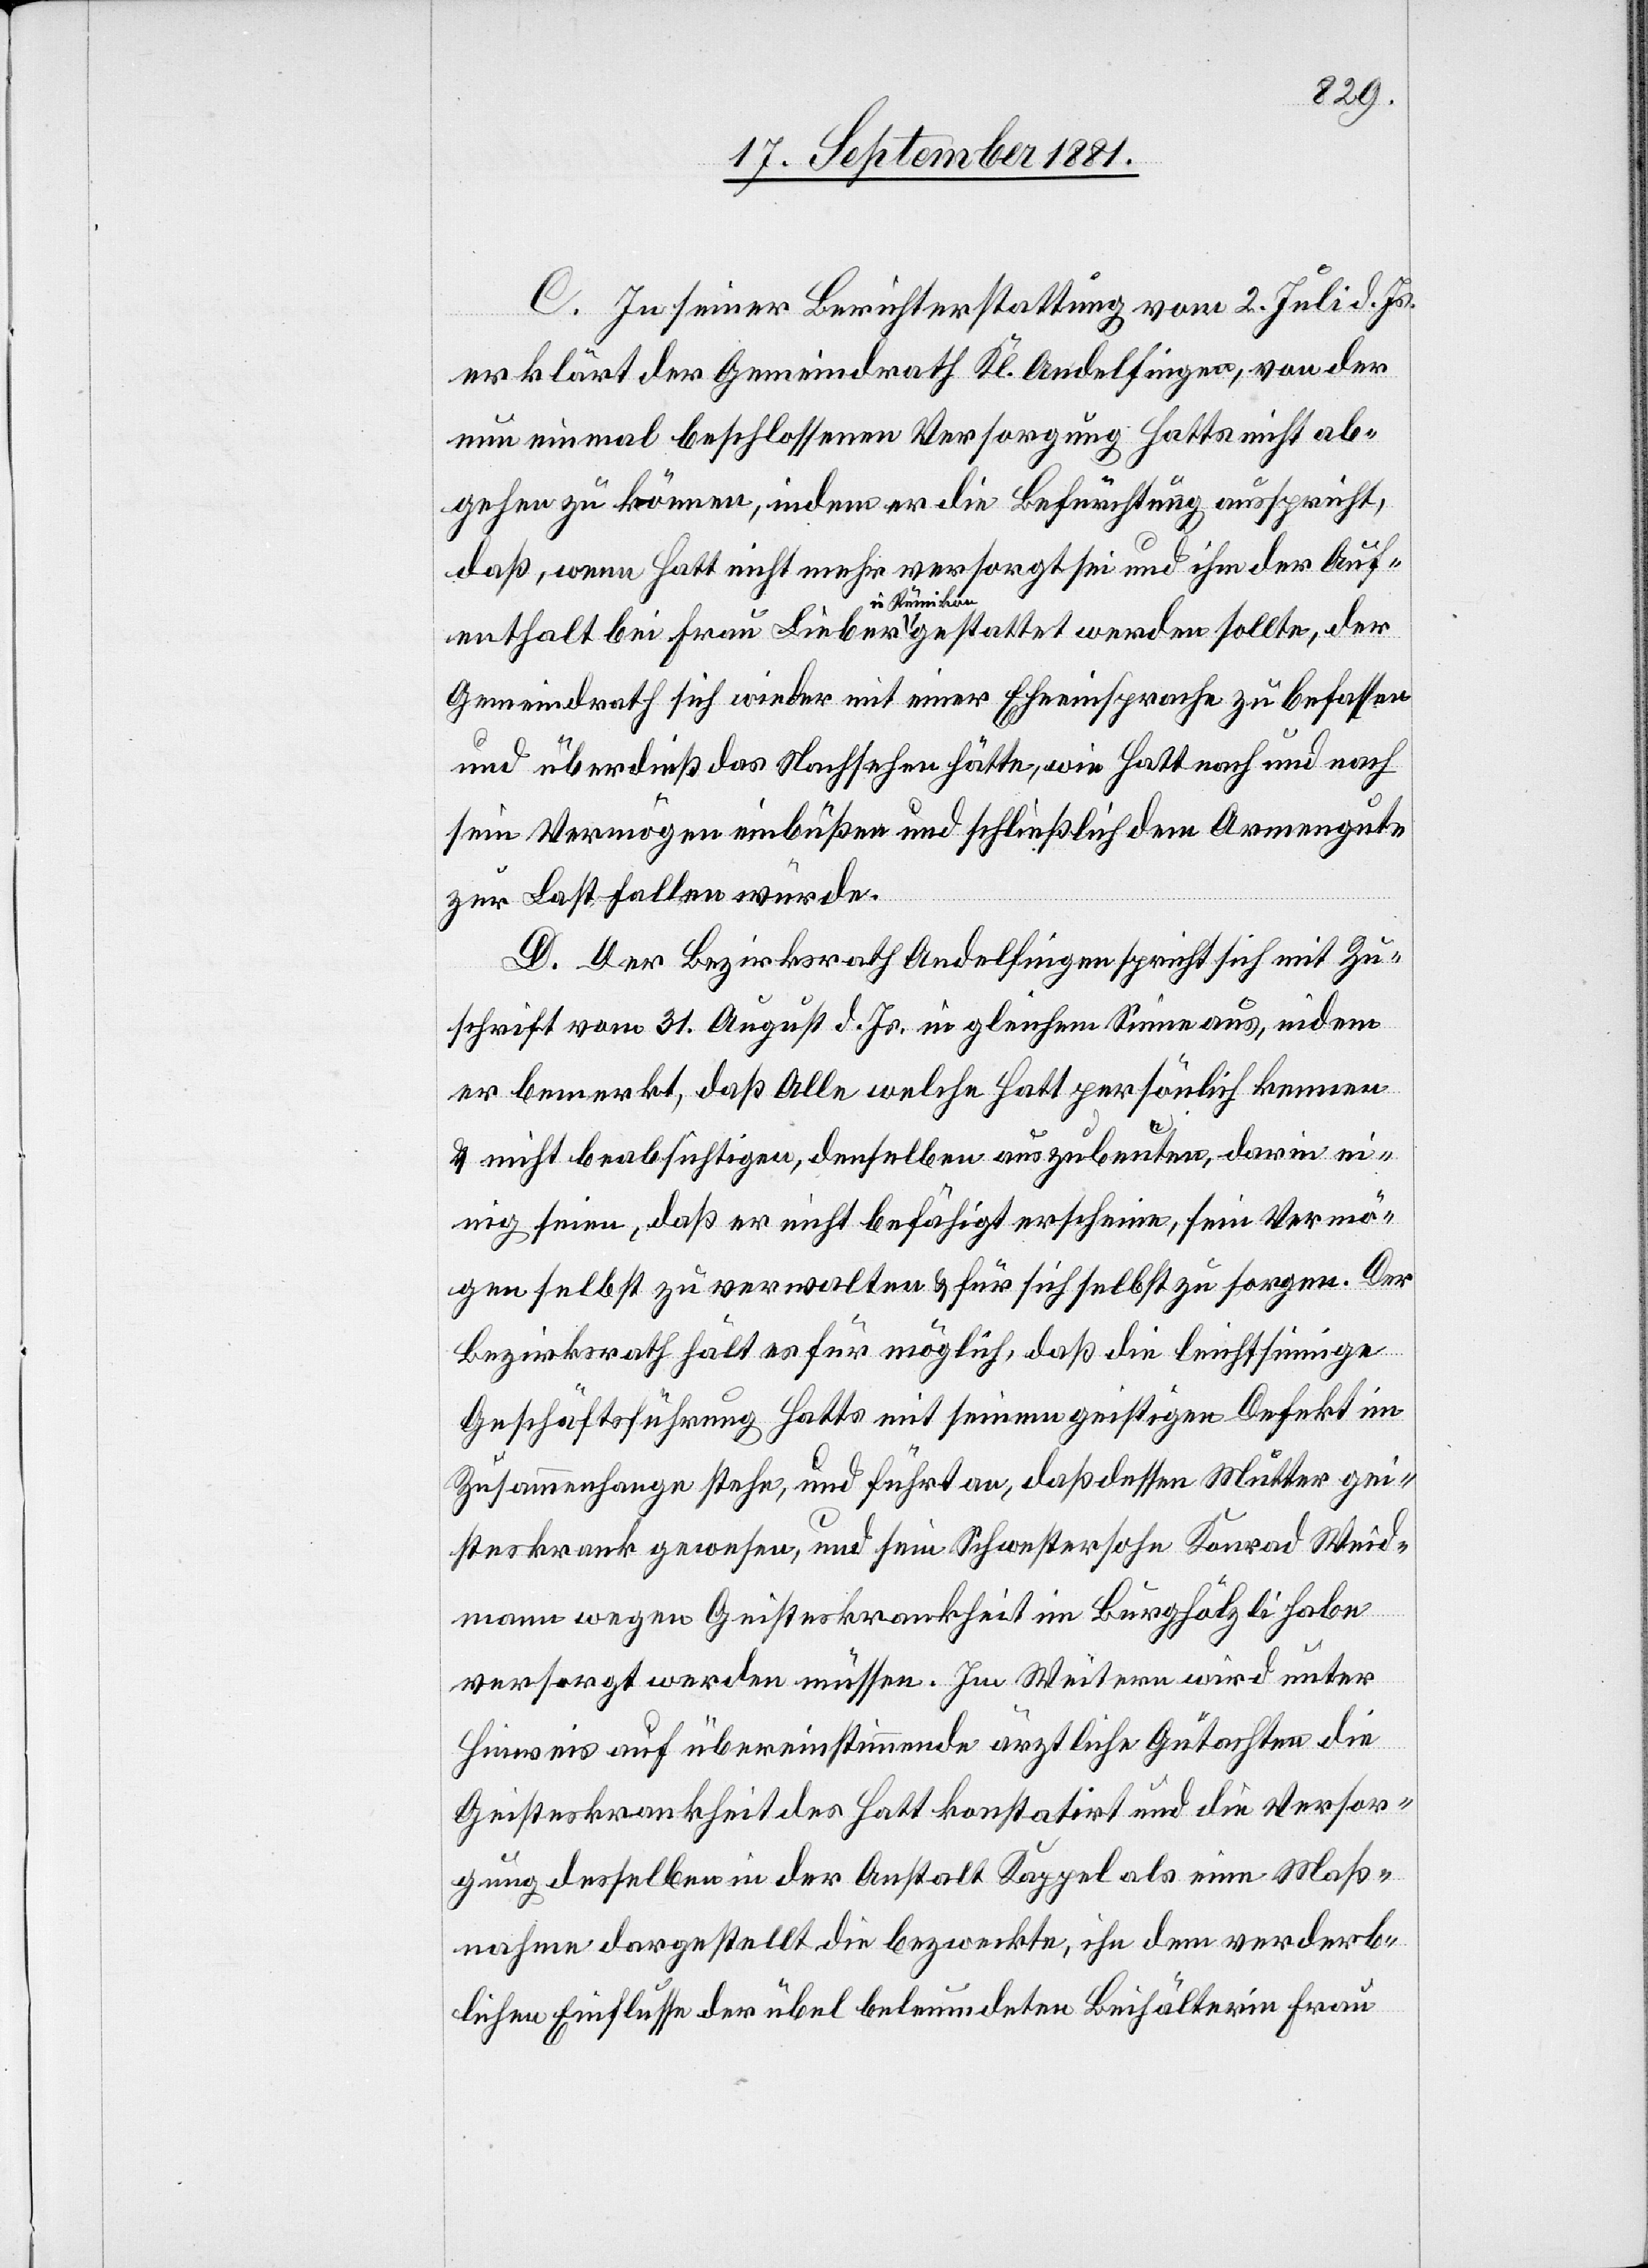
C. In seiner Berichterstattung vom 2. Juli d. Js.
erklärt der Gemeindrath Kl. Andelfingen, von der
nun einmal beschlossenen Versorgung Hatts nicht ab¬
gehen zu können, indem er die Befürchtung ausspricht,
daß wenn Hatt nicht mehr versorgt sei und ihm der Auf¬
enthalt bei Frau Lieber in Rümikon gestattet werden sollte, der
Gemeindrath sich wieder mit einer Eheeinsprache zu befassen
und überdieß das Nachsehen hätte, wie Hatt nach und nach
sein Vermögen einbüßen und schließlich dem Armengute
zur Last fallen würde.
D. Der Bezirksrath Andelfingen spricht sich mit Zu¬
schrift vom 31. August d. Js. in gleichem Sinne aus, indem
er bemerkt, daß Alle welche Hatt persönlich kennen
& nicht beabsichtigen, denselben auszubeuten, darin ei¬
nig seien, daß er nicht befähigt erscheine, sein Vermö¬
gen selbst zu verwalten & für sich selbst zu sorgen. Der
Bezirksrath hält es für möglich, daß die leichtsinnige
Geschäftsführung Hatts mit seinem geistigen Defekt im
Zusammenhange stehe, und führt an, daß dessen Mutter gei¬
steskrank gewesen, und sein Schwestersohn Konrad Weid¬
mann wegen Geisteskrankheit im Burghölzli habe
versorgt werden müssen. Im Weitern wird unter
Hinweis auf übereinstimmende ärztliche Gutachten die
Geisteskrankheit des Hatt konstatirt und die Versor¬
gung desselben in der Anstalt Kappel als eine Maß¬
nahme dargestellt die bezweckte, ihn dem verderb¬
lichen Einflusse der übel beleumdeten Beihälterin Frau